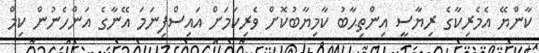
ކާންޔޭ އެމެރިކާގެ ރިޔާސީ އިންތިޙާބު ކާމިޔާބުކޮށް ވެރިކަމަށް އައިސްފިނަމަ އޭނާގެ އަންހެނުން ކިމް